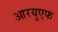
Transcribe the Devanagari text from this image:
आरयुएफ